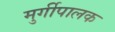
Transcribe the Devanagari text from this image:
मुर्गीपालक